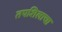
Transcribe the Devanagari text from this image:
तपशिलाचा